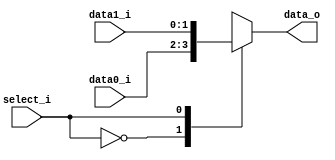
//Student ID: 0310020
//Subject:     CO project 2 - MUX 221
//--------------------------------------------------------------------------------
//Version:     1
//--------------------------------------------------------------------------------
//Writer:      Luke
//----------------------------------------------
//----------------------------------------------
//Description: 
//--------------------------------------------------------------------------------
     
module MUX_2to1(
               data0_i,
               data1_i,
               select_i,
               data_o
               );

parameter size = 0;			   
			
//I/O ports               
input   [size-1:0] data0_i;          
input   [size-1:0] data1_i;
input              select_i;
output  [size-1:0] data_o; 

//Internal Signals
reg     [size-1:0] data_o;

//Main function
always@(select_i, data0_i, data1_i)begin
  case(select_i)
	1'b0: data_o <= data0_i;
	1'b1: data_o <= data1_i;
  endcase
end
endmodule